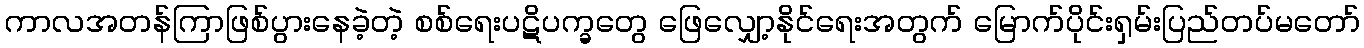
ကာလအတန်ကြာဖြစ်ပွားနေခဲ့တဲ့ စစ်ရေးပဋိပက္ခတွေ ဖြေလျှော့နိုင်ရေးအတွက် မြောက်ပိုင်းရှမ်းပြည်တပ်မတော်